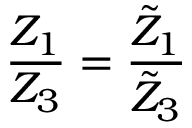
\frac { Z _ { 1 } } { Z _ { 3 } } = \frac { \tilde { Z } _ { 1 } } { \tilde { Z } _ { 3 } }